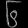
Digit: ၆